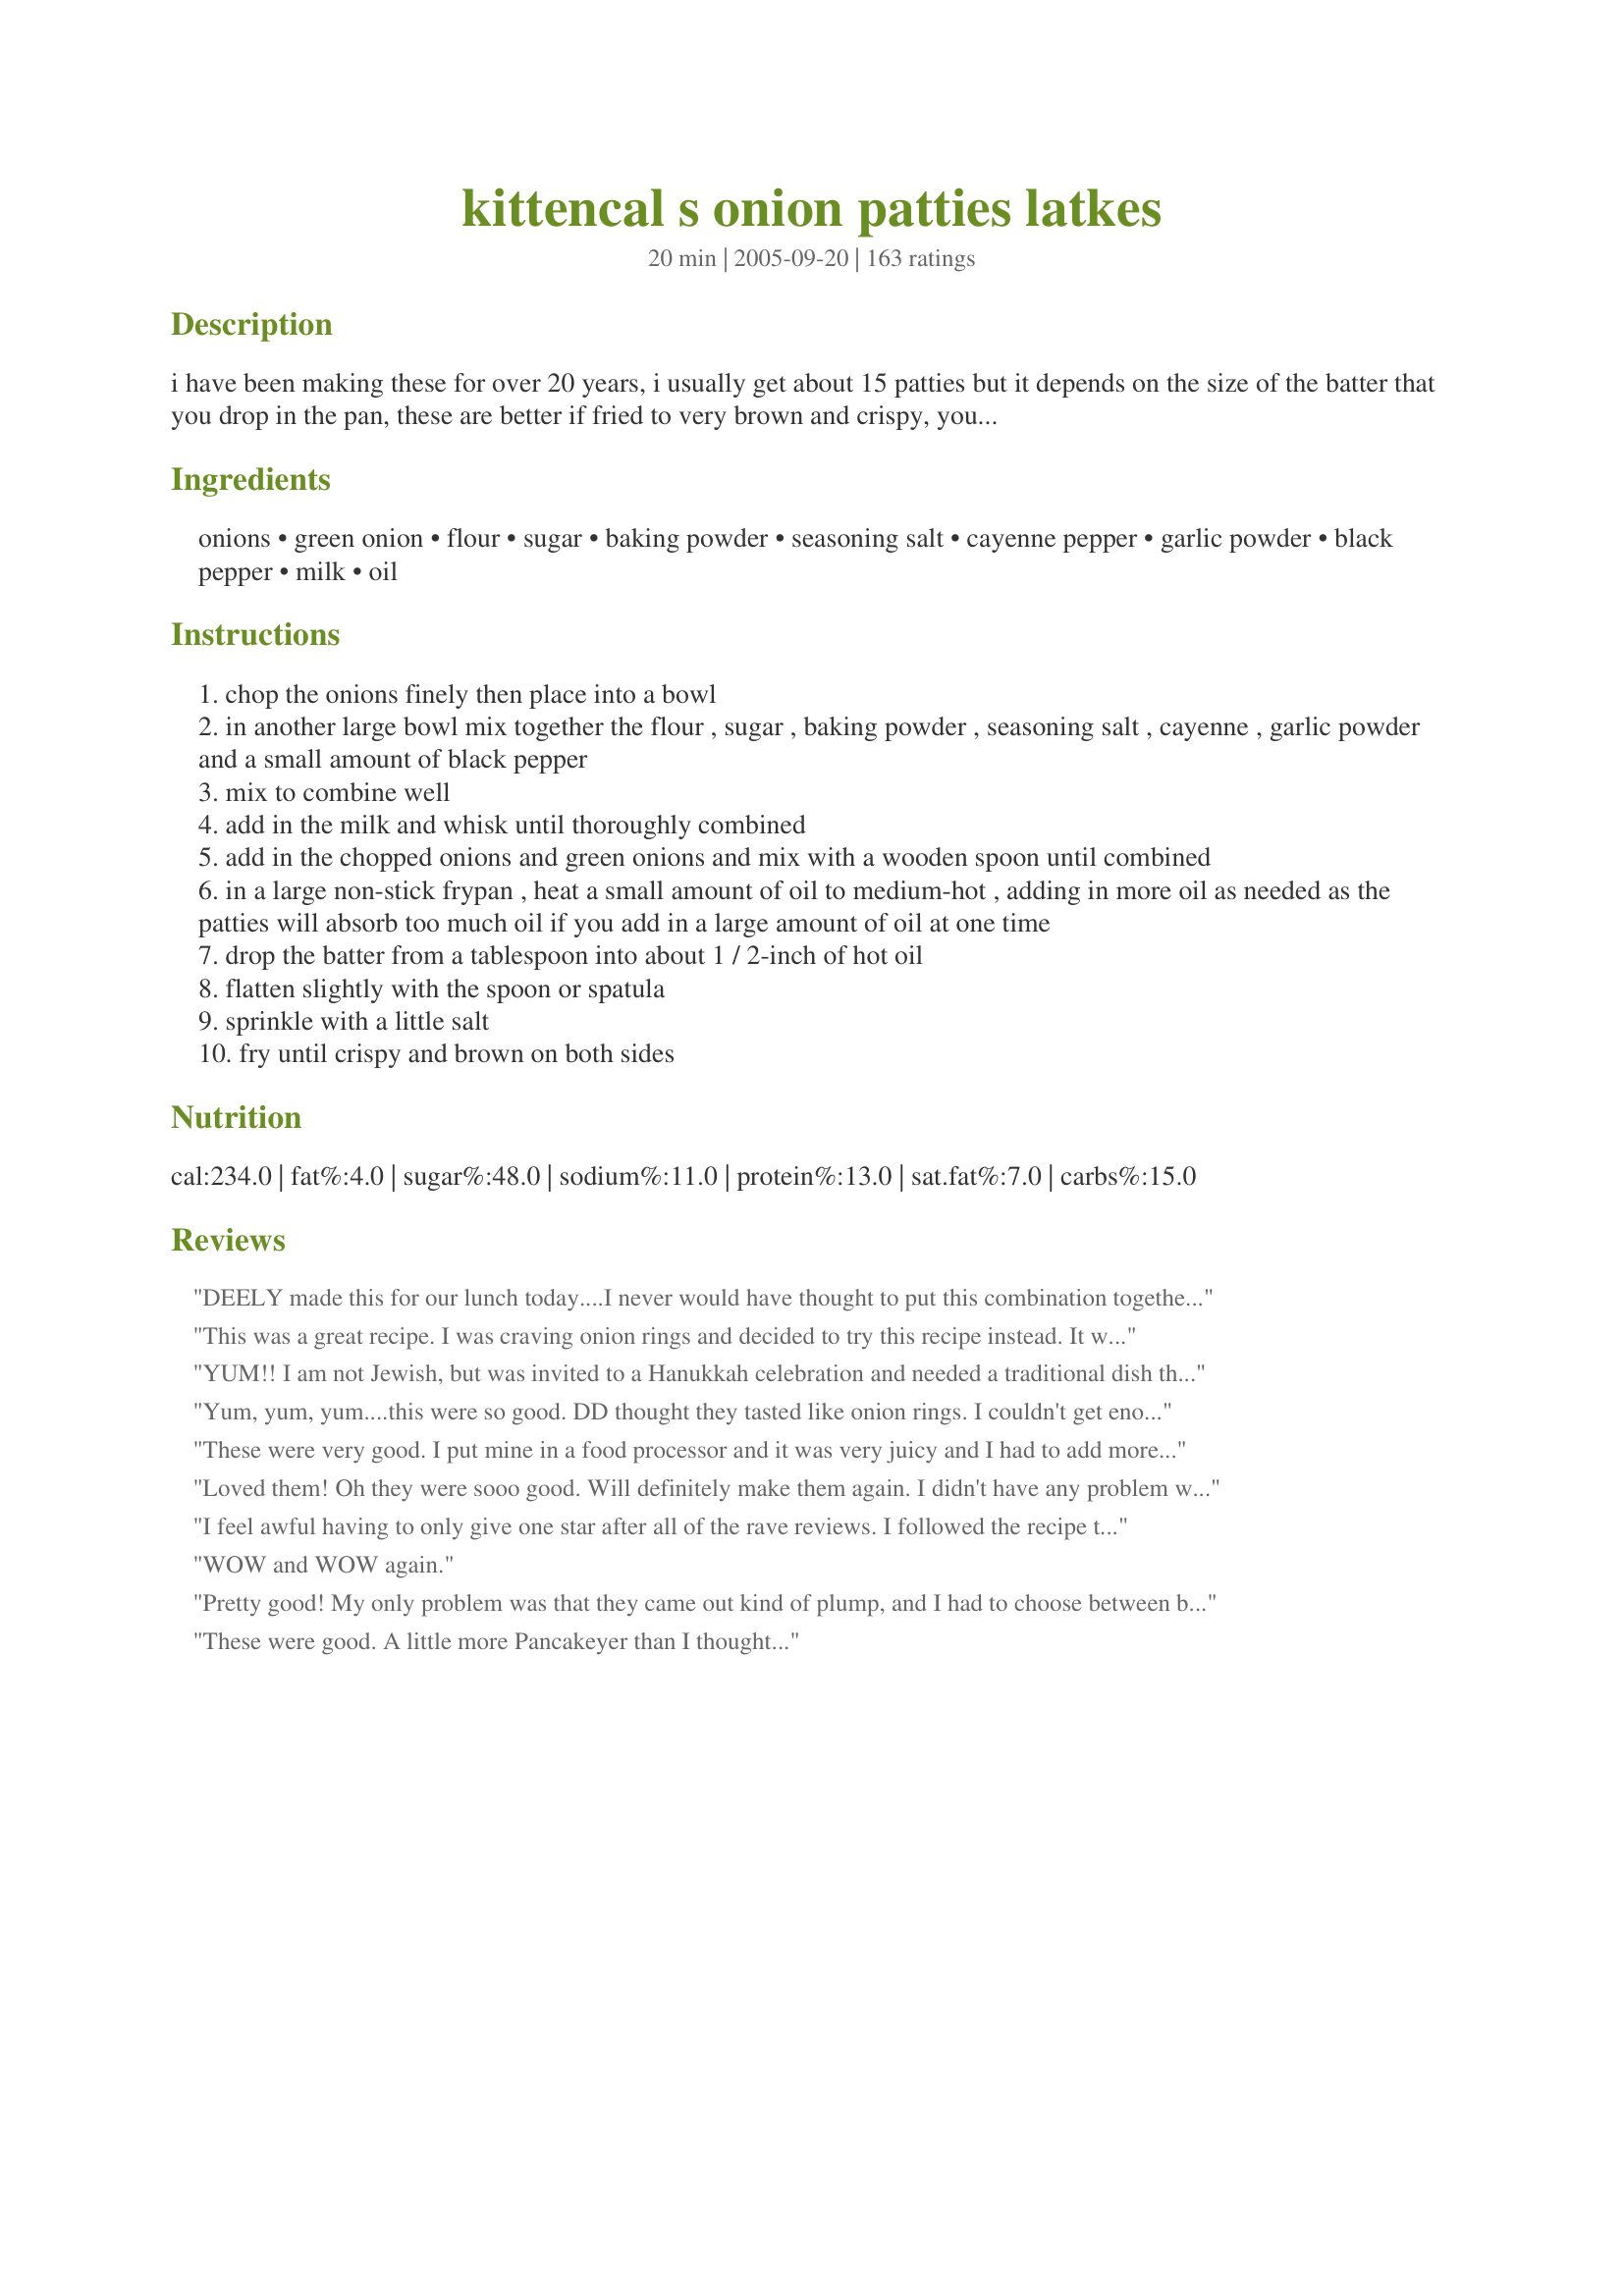
kittencal s onion patties latkes
Preparation time: 20 minutes

i have been making these for over 20 years, i usually get about 15 patties but it depends on the size of the batter that you drop in the pan, these are better if fried to very brown and crispy, you can make a double recipe, fry them then freeze them on a tray then pop them into freezer bags, then just warm them in the oven to crisp up, they are very addicting and i can tell you i eat half before they even get to the table lol! if you plan on doubling the recipe then make two separate recipes in two bowls, i have doubled the recipe into one bowl and for some reason they just are not as good --- if desired you could add in a slightly beaten large egg and reduce the milk by 1/4 cup --- you will *love* these! also see my
recipe#186700 *and*
recipe#244592

Ingredients:
onions, green onion, flour, sugar, baking powder, seasoning salt, cayenne pepper, garlic powder, black pepper, milk, oil

Steps:
chop the onions finely then place into a bowl
in another large bowl mix together the flour , sugar , baking powder , seasoning salt , cayenne , garlic powder and a small amount of black pepper
mix to combine well
add in the milk and whisk until thoroughly combined
add in the chopped onions and green onions and mix with a wooden spoon until combined
in a large non-stick frypan , heat a small amount of oil to medium-hot , adding in more oil as needed as the patties will absorb too much oil if you add in a large amount of oil at one time
drop the batter from a tablespoon into about 1 / 2-inch of hot oil
flatten slightly with the spoon or spatula
sprinkle with a little salt
fry until crispy and brown on both sides

Reviews:
DEELY made this for our lunch today....I never would have thought to put this combination together but I'm so glad KITTENCAL did!! THEY WERE AWESOME!

Thanks for sharing! I'll be making these a lot in our future!
This was a great recipe. I was craving onion rings and decided to try this recipe instead. It went together easily with the help of my food processor. I used a very large sweet onion and one medium yellow onion. I also used skim milk (all I usually use). I think the batter was a little looser than it was supposed to be, but they still fried up wonderfully. It's a a good thing I went to the gym before I made this. I will absolutely make this again!
YUM!! I am not Jewish, but was invited to a Hanukkah celebration and needed a traditional dish that not everyone else would bring. I thought these looked yummy and very easy to make. These were amazing! And, so easy! Thanks!
Yum, yum, yum....this were so good. DD thought they tasted like onion rings. I couldn't get enough of them...lol. Thank you so much for this tasty treat....Stephanie
These were very good. I put mine in a food processor and it was very juicy and I had to add more flour.. did not have green onions so just used the white onions. Son-in-law was here and wanted the recipe, said he was going to try it with cheese. also, mine were not crisp, but very good anyway.
Loved them! Oh they were sooo good. Will definitely make them again. I didn't have any problem with the batter. Crispy is definitely better for these so don't be afraid to let them cook.
I feel awful having to only give one star after all of the rave reviews. I followed the recipe to a T and they just were not liked by my family. My batter was not thick at all and they were very soft inside. I dont know what I could do to fix that, but I dont think I'll be trying. Sorry!
WOW and WOW again.
Pretty good! My only problem was that they came out kind of plump, and I had to choose between burning the bottoms or leaving the middle somewhat undercooked. I served it with North Carolina Style Tempeh Barbeque (#112444).
These were good. A little more Pancakeyer than I thought...
These could not be any easier followed recipe to a T. Loved them!
I've made this several times for company. I end up sharing the recipe every time. I go by the recipe but omit the green onion and sprinkle Tony's Chacheres (cajun seasoning) on top instead of salt.
These were quite good a little pancake like another reviewer mentioned but probably that was because of how much batter was used in relation to onion. They still didn't get as crispy as I would have liked but again I think that may have been the amount of batter. I made them gluten free using Recipe #256259. I think the green onion would have been good in these and would add it if I make these again. I used regular white/yellow cooking onions, white sugar, gf baking powder, garlic salt, pinch cayenne, plain rice milk, & canola oil.
UNREAL. Ok, I love onions, but I never would have thought they could be THIS good. This is the kind of recipe that could make me a vegetarian. A vegetarian who only eats onions. Who only eats THESE onions. Slight alterations based on the commandments of my tongue and what I had on hand: I used one large yellow onion and three scallions, just a pinch of cayenne and both the optional ingredients - garlic powder and pepper. I fried them at about 275-300 degrees for roughly 6 minutes on each side until dark brown (the way God intended!), flattening them a bit before flipping. This goes right into my "Encore" cookbook with much appreciation to you, KITTENCAL!
Kittencal...I was looking for an interesting side dish to go along with grilled chicken sandwiches... my husband immediately requested a double batch hoping to snack on the leftovers...needless to say, they were a major hit...I had to use olive oil, because we didn't have any other on hand...I'm sure there is a good reason for not using it, but fortunately they cooked well, and tasted fine to us... I have a feeling this recipe is going to get a lot of use by our family...thank you for sharing this unique and wonderful recipe.
OMG!!!! Kit! These are out of this world! I have had this recipe in my "try this" cookbook for ever so long, and I finally made them. Outstanding just as they are, but the possibilities here are endless!! Thanks for another GREAT recipe!!

Just an additional note, I made these again, adding left over mashed potato to the batter, until it was a nice thick consistency, and YUM! Just perfect!

Next... mashed sweet potato!
yum! I forgot my recipe but had read through enough to get it right. I omitted the sugar and added the green onion (two, actually)and went with minced garlic. They were absolutely wonderful the first night and reheated beautifully for lunch leftovers. Kind of a cross between a fritter and an onion ring. Fast, fabulous and now a regular addition to the menu when french fries just won't do!
We made these with steaks and cauliflower for dinner and they were delish! My husband tried to get me to use olive oil, but I told him we ought not mess around with Kittencal's detailed instructions - and thank goodness we didn't! These were definitely fantastic - I would love to find a way to lighten them up though, maybe using a light cooking spray instead of oil? Anyway - great recipe!!
When I told my teen daughter what I was making she was dubious but after one bite was hooked! These are very tasty!
i looove onion and that was ok but wont do it again
I was using up the onions I had in the fridge, so I finally decided to try these as they have been in my cookbook forever. I am pleased to say that all of the reviews prior to this were correct!! These are delicious and will satisfy the onion lover in you! Very good, and thank you for a snack I will be making again, and again.
The recipe was so simple yet the taste was very good. These were best eaten hot out of the pan. When they sat and became cold, they tended to be a little greasy.
Hmmm, maybe next time I will try them hot from the pan topped with dollop of chilled apple sauce.
Loved this recipe, thanks for sharing. Will be making often.
OMG these were wonderful! I couldn't keep my DD out of them til dinner was done. I've been planning to try this recipe for months and I'm so glad I finally did. Thanks for a winner!
I made these a few times now, each time they turned out excellent. I scaled them down each time to use about a cup of onions. My mother said they tasted like onion ring patties. Thanks for posting!
These were great!! I will add to the 5 *'s of the other raters. Taste reminds me of onion rings and much easier. Thanks for sharing this recipe!!
I only had one onion in the house, so cut the ing. down to 1/3. SUPER! Yeah, I may convert to only eating these onions. I grated the onion. Whoo. Got to invest in a processor if I'm going to make these as much as I want... Also, no green onions... Time to go shopping. Another winner from Kittencal!
OMG, these are to die for, Dh & I eat the whole thing. These are very easy to make, I used both the garlic and the pepper. I didn't fry them in as much oil, they were delicious anyway, maybe not as crisp. I will be making these again for sure and very soon. Thank you Kitten!!
Kitten,
I have made several of your recipies and have raved about them all but to my surprize I can't about this one. I made it to the letter of the recipe and the batter was not thick it was runny.I used three onions as recommended and when I fried them they fell apart when flipping them. Sorry I can't give you five stars on this one as I have on everything else of yours that I've tried.
Girl!!! These are incredible!! I made them every day this week. My father BEGS ME to make these. The taste kind of reminds me of an onion ring but much much better..thanks so much for sharing
didn't fry them enough [not crispy brown, just lightly browned, like a pancake], but still delicious and devoured by the family - i only got to eat 2! tastes like really good hush puppies...
These are great! I cooked them on low heat for a couple minutes per side so the onions were cooked all the way through. I served them with sour cream on the side. I will double the cayenne next time.
This was a quick and yummy way to have the taste of an onion ring when I was feeling to lazy to do all that work,lol. Very yummy Kitten...I'm keeping this one and passing it on to my mom!
My husband isn't a huge onion fan but was absolutely blown away by these! I loved them also. This is definitely a keeper. Thanks for posting this recipe!!!
These were delicious, Kittencal! I used a very small amount of oil to fry the patties; just enough so that they browned evenly. In my opinion, 1/2" of oil is excessive and would ruin the flavor. To make it easier to drop the batter, oil your measuring utensil then measure out the correct amount of batter. This way, the batter will slide right off and into the pan. All the optional ingredients were added. Lastly, I used Oregon's own sweet Hermiston onions. (I save my specialty onions for extra special recipes as this one is!) Thank you for sharing a truly delicious recipe! cg ;)
These remind me so much of onion rings. They make a nice snack. I will definitely try it with zucchini one day.
These were great! Make sure you keep a constant temperature on your pan. I will make these on my electric griddle next time. Great recipe, thanks!
Hi Kittencal;
Well, you have done it again. Another excellent, tasty and easy to make recipe.
I made these marvelous Onion Patties last nite and served them along with your Famous Coleslaw and Potato Latkes.
In addition, I made Chicken Strips served with Sweet and Sour Sauce.
WOW, what a delicious meal.
Thank you Kittencal, this is a must recipe from here on in.
"Uncle Bill"
Great recipe; I tried popping these in the oven as another reviewer had suggested (15 minutes on one side, then 10 minutes on the other). To my dismay, the batter felt thin when I spooned them onto the cool, oiled baking sheet. Upon turning them, I found that the oil hadn't been absorbed and rather clung onto the patties, which felt more like crepes with their thin edges. Once the patties were done cooking, I popped them onto a hot skillet; that helped a bit with the texture. As I would like to limit the calorie intake in my household, I think I'll try the baked version again but up the flour content and shorten the baking time and finish cooking on a skillet next time. Also, I found the patties a tad sweet for my taste (I did not use sweet onions - not easy to find in my new home above the Arctic Circle) so I might lower the sugar by 1/2 a tablespoon next time.
I love so many of Kittencal's recipes, but this one just did not work for me at.all.

I followed the recipe to a T and measured the onions with a measuring cup since I had large onions.

They fell apart in the pan like CRAZY and then when I went to clean the pan, oh my was it a disaster.

When they were done they tasted really mediocre, probably because they fell apart and didn't cook in patties like they're supposed to.

Anyway this recipe just didn't work for me, but I do definitely still love Kittencal's recipes -- thank you for posting!! :)
These are beyond fabulous!! Could not stop eating them! The batter seemed a little thin, so we just added a bit more flour - that worked perfectly!
Thank you so much for such a delicious recipe!
I fried them in a cast iron pan on the grill, while I was barbecuing.
They never make it to the table. We where eating them as they where coming out.
Oh my, these were soooo good! I got 18 of these lovely babies for just 2 of us & we pigged out! If I can manage to hide the few leftover, I might try them as the base for a breakfast frittata tomorrow. Yum!
YUM. This is my new favorite way to eat potatoes. these are so good they don't last for long. Thanks for posting another great recipe.
Loved this, I used some mild vadalia onions to make them, I believe that always helps. They were so easy to put together and a great side dish for those who love onions, which I didn't use to be, but now I am a convert ! LOL Thanks for a fantastic new taste for me, Kittencal
Oh Yeah - these were terrible (that's what we say when we want to make sure no one else takes any)! I made these exactly as posted, but only fried half before the two of us ate dinner. Thank goodness, because we would have eaten the whole batch if I had made them all. So, after dinner, I fried the rest and froze them for another meal. We thought these would be extra-tasty with a little sour cream, but let's not even GO there! Thanks for a great keeper!!
if you like onions, these are wonderful! perhaps due to the fact that i used a food processor to chop the onions, which actually makes them so small it is almost a sauce, my batter was to thin when i followed the recipe. when i added more flour though it turned out perfectly. GREAT side dish.
These are delicious.
With so many rave reviews I was really looking forward to having these, but I seemed to have the same problems that AndreaVT96 did. 1) The batter seemed very thin 2) They really soaked up the oil. The taste was pretty good; I used Vidalia onions. But they were much too greasy for my tastes.
nice and tasty, like most latkes...
These were good...I gave them 4 stars instead of five because I found that it took a long time to fry them up until crisp. I also found them a little too greasy, even though I made good use of the paper towels. I probably won't make them again.
These were GREAT, Kittencal! Onion-loving hubby really loved these! I got about 16 3-4 inch patties with this recipe. I used 1% milk and used cooking spray on a nonstick griddle pan so we could enjoy these and not feel so guilty afterwards! :) This worked well and, like other reviewers have said, they are like onion rings without all the work! Thanks for a definite "keeper", Kit!
I needed to find a way to use up masses of green onions I chopped for anther recipe, but didn&#039;t use. I&#039;ve made these exactly as written before and have them 5 stars. Decided I could use kittencals recipe as a base. So, used all green onions, and all I had was rice milk, so that&#039;s what I used. I had a little cold white rice in the fridge, so just sprinkled 1/4 cup in too. Followed the rest of the recipe as written. It was great. Might just use rice milk again and save a few calories! Hee hee..not that a few calories will matter in this wonderful fried recipe.
Oooh - these are really good. I used fresh chives from the garden as I didn't have any green onions - otherwise, I made them as written. My DH was delighted - he thought they were terrific too.
This was amazing! And so easy and quick, I'd recommend it even if you're not hte biggest onion lover.
Tanisa
I cannot believe I haven't reviewed this recipe yet! Let me start by saying that my family and I don't even like onions. For some strange reason, however, this recipe appealed to me and I just had to try it. Am I ever glad I did! We managed to scarf down each and every crisp, delicious patty - with the exception of the few I reluctantly shared with my MIL. I have brought these to several family functions just so I could sit back and revel in the raves and compliments. heheh Of course, I do humble myself just enough to let everyone know that it isn't MY recipe. I have found that by using my electric griddle, I am better able to control how much oil is absorbed by these patties - plus I am able to make much more at one time. This is especially helpful seeing as how they are otherwise gobbled up as soon as they are cool enough. Using the griddle, I am able to enjoy seeing a pile of them, if only for a moment. Thank you for posting this dangerously delicious recipe.
Yeah these were outstanding! I ate a few while cooking then wasn't hungry when the rest of my meal was done! They were super easy too, I will definitely be making these often. Thanks Kitten!
Absolutely loved them! As a garlic lover, the only thing I did differently, was to mince fresh garlic in with the onions. A real keeper! Thanks, Kittencal!
Wonderfully, decadently, naughtily scrumptious! And very easy to follow instructions. I minced my onion in a mini processor, used only one tablespoon of (brown) sugar, omitted the cayenne pepper (wouldn't have been able to eat these with it in!), used fresh minced garlic, grindings of black pepper and low fat milk. And I fried them in peanut oil. Great recipe, KITTENCAL: thank you for sharing it!
these turned out better then I thought they would! The flavor is a bit strong, but I think it might have been my onions, as they made me cry and I never cry over onions! I loves the crispy edges, and for sure, make them SMALL! they do turn out better, as I tried large ones as well. A small amount of oil will work fine, just make sure to use a good non-stick pan. I thought these were delicious hot or cold with a side a sour cream. YUM!!!
I made these over the weekend. I yielded about 15. By the time it came to serve them, I had three left! OMG!!! Addicting and fabulous. Followed the recipe EXACTLY as written. Kitten, you are amazing. Thank you for yet ANOTHER magical recipe.
Delicious, but soaked up a ton of oil. Made the insides of the patties very mushy. The outsides were nice and crunchy however.
having read all the reviews i decided to try this out,,,,OMG this was fantastic. as i did not have cayenne pepper, i used the red pepper flakes, and it worked fine. used regular salt and added some spices, worked fine. well when the finished product came on tho the dinner table. and there where 15 of us... not one did not want seconds....they loved it and the four pieces left are right in front of me and im finishing them off as i type this.... this is an outstanding recipe.. dont be afraid to try it , its easy and if you follow the recipe,,,,it will come out great....what a pleasure.
I have made these a few times now and they are sooooooo good and sooooo addicting! Its very hard to not eat all of the while you are cooking them. Thanks Kitten for great recipe!
I can't eat onion very well, but I had a small taste and they were delicious. Instead of chopping the onions by hand, I put them in the food processor. I think this caused more liquid to be released, so my batter was a little thin. If you do use the food processor, I would recommend draining the onions first before adding to batter.
Add these right up there with your Zucchini-Mozzarella Patties and about anything else that you make Kittencal! These were to die for!! Used a very small diced green pepper just because I wanted to use it up. I used the egg with less milk......DELICIOUS!! Thanks for sharing another great recipe!!
Oh, my! These are sweet, tasty, and absolutely scrumptious. I used white onions, low-fat milk, regular salt, double the cayenne and everything else as listed, frying the patties in vegetable oil. I'm guessing I got around 30 patties, but I was eating them as they were coming out of the pan so I'm not sure. I cooked them for around 5 to 6 minutes per side. They were a little hard to flip, but after tasting the first one I got better at it as I couldn't wait to have more. Quite filling, but then most things are if you eat enough of it. :) Delicious cold from the fridge, too. Thanks for an
amazing recipe!
I did not really know what to expect, but these patties were fluffy and pancake-like, and absolutely yummy and super simple to make. My onions were not the sweet kind, so they came out a little saltier than I liked, next time I will decrease the salt a little. Also, I barely used any oil and they fried up nicely. Thank you Kittencal.
Excellant patties!! I used sweet mayan onions, and used less oil than called for...I just coated the bottom of the pan with the oil, and that seemed to be enough..added a bit more oil when I flipped it. When eaten with ketchup they tasted just like onion rings! I will make this again in the future....THANKS!
Been meaning to try this recipe for years. Glad I finally did.<br/>I fried heaping teaspoons of the batter an they came out more like little fritters. Added a pinch of cayenne. They taste like onion rings or maybe an onion blossom. Next time I will maybe serve them with some kind of creamy dip.
This was just what I needed after a bad day at work and a long cold drive home in the snow. The ultimate comfort food. I did my grandmother proud and used my cast-iron pan. It just melts in your mouth. They soak up a lot of oil so have plenty of paper towels on hand. Excellent recipe, Kittencal.
Kittencal, I'm your biggest fan. These were excellent, and very hard to stop eating. My only problem was that I did not heed the warning about how much oil they soak up, and I'd pop 'em before they drained properly, resulting in a bit of a tummy ache. But I do plan to make these again, maybe with vegetable spray? Thanks for the posting!
After so many high ratings, I'm not sure why this recipe didn't work for me. My husband and I love onions, and I was really hoping it would work. The taste was not an issue, they did have a good taste. I followed the directions exactly, however once all mixed, my mixture was not especially thick. It just slid off the spoon into the oil. And I followed the directions of only adding a bit of oil at a time, however they soaked up a tremendous amount of oil and even when drained on paper towels, they just never were crispy, just full of oil. If I could have found a way to get them to fry without so much oil and could make them crispy, then I would have rated these much higher.
WOW!!! I am kicking myself that I did not make these sooner! They are fantastic and simple to boot! I used three green onions, the optional garlic and black pepper. Of course I used the seasoned salt. My family went nuts! I am definitely going to invest in a chopper so we can have these more often. Dh said they reminded him of something his granny used to make. All I can say is the flavor and texture is fantastic!!! I have a feeling I will be making these ALOT!!!
Great recipe! I own a school cafeteria and I'm always looking for tasty ways to introduce vegetable-based food into mexican youth. Easy to make, affordable and god, are they tasty.
Yummy! I used one sweet and one yellow onion (BIG ones) and the green onion. Followed everything else to the letter (used regular salt instead of seasoning salt). So crispy and easy to chomp on. Big hit for the Sunday football game too. Next time, I will most likely increase the cayenne to 1/4 or maybe even 1/2 teasp - just personal preference. Thanks for the great "keeper"!
OH THESE are GOOD! I have kept forgetting to try these but they are worthy of 5 stars for sure. The only change I made was to double the cayenne pepper. Thank you. For anyone that is finding the batter runny, I suggest that you measure the onions in a cup than just relying on 3 onions as our onions sizes vary. I did this the second time and all the other times after actually measuring them.And also, listen to Kittencal, if you try to make them bigger than a tbsp. they do not taste the same. Live &learn!(lol)
Great sidedish, hosted a party of 3 adults and 3 kids, and they were devoured in no time!! Far surpassed a dish I had tried from a fine cooking magazine. Used the vidalia onion, provided a nice sweet taste, not overly strong. Guests left with the recipe!!!
Oh, these were great, absolutely loved the flavors and crispiness, kind of like onion rings but better. Served them with sloppy joes #82944.
Definitely great! I tried them with zucchini too (on the same say, couldn't wait) cause I wanted to freeze some for later. Managed to freeze just a couple, all the other patties (onion as well as zucchini) magically disappeared....
For the zucchini I used two medium, grated them coarsely and squeezed out most of the liquid.
Did try another method of baking them in order to avoid too much oil. Tried to be friendly towards my hips that seem to have, well, how shall I put it, been "expanding" since I joined Zaar (wonder why........)So-I tried the method of Chia, see her <a href="/48494">baked latkes</a>, and baked them in the oven. Used parchment paper which I lightly oiled, baked at 425Â°F for 15 minutes, turned them over and baked another 10 minutes. Just perfect. These will be made many more times. 
Thanks for posting.
Will make these often to keep my daughter happy!!Great taste. A real keeper!!
Absolutely delicious!! Definitely a new favorite. Just as good out of the freezer as out of the pan.
We really enjoyed this although we baked them rather than deep fry them. I think deep frying would have been much better, however these were good and addicting!!! I'll be making them often, perhaps with corn and jalepenos included. Good job Kittencal but anything you make is delicious!!! Thanks
Delish!! Though I did feel my arteries do a jump start. I had really sweet onions, so cut the sugar back to only 2 teaspoons and was glad I did. Froze a few and tried them today, while running the oven. Just as good. Thanks again, Kittencal for another great recipe.
OMG! These are incredible! I made them tonight, and couldn't quit eating them....thanks for ruining my diet...I followed the recipe exactly...We have company coming over for finger foods/appetizers Sunday afternoon, and I'm going to make them again. Thanks for the great recipe!!
These were very good. I didn't have any green onion so I didn't put that in. As I was making it, I realized that I was pretty much making onion rings except the onions were chopped up and not in rings. I will never make onion rings again, cause these were much easier and faster - yet tasted the same. I also made a spicy dip to go with them by mixing Miracle Whip, horseradish, and cayenne pepper together. It tasted like the sauce at the restaurants for their onion blossoms.
I knew this would be good when I read 'KITTENCAL'! These are so good!! I didn't have cayenne pepper but I didn't miss it anyway. I also used my food processor, but very sparingly, so the onions were still a decent size. I made the patties a bit smaller than the tablespoon because I was having trouble cooking them through (my fault for starting dinner too late!!) I'll definately be making this one often!
Flavor was wonderful but I think I used too much oil. Will try again!
Loved the oniony flavor! I halved the recipe and it made part of a nice dinner. Thanks Kitten!
Not that this recipe needs another great review, but you are getting one anyways. I was a little iffy on the whole idea, but after reading all the reviews I had to try it. They were fantastic. I think next time I will dice them a little more, I didn't find them as crispy I thought, but I'm pretty sure its because I didn't chop them fine enough. Thanks again for the great new addition to my cookbook!
We are onion FIENDS so we loved these! I think next time I'll use a little less oil, but they browned up nicely and are they ever addicting! Thanks for the treat!
These are good, but I would like to add something to spice them up for additional flavor.
These are easy. I used fresh garlic and a little less vegetable oil. DH wasn't very excited about them, but I'm not usually big on onion and I thought these were delicious. Makes a lot; I'll only make 1/3 of the recipe next time. Thanks for sharing.
WOW! I usually make potato latkes but these are sooooo much better. This is definitely a keeper! I bought some of that onion ring sauce that has the horseradish in it from the store and these are absolutely amazing!

Thanks kitten!
Linz
Kitty, these onion patties are unbelievable! I can't get enough of these things there totally addicting, I made one recipe and then had to make another one, I ate one pan almost be myself, there are utterly wonderful! another great recipe, thanks Kitty.
Just wanted to add my two cents here. Absolutely wonderful! I've had a horrible week, the kids are in bed, and I was hungry but for what I wasn't sure. So I fried up some of these, and they ended up being my whole dinner. Just a note to those trying for the first time...small ones are better. For some reason, when I made a larger patty, it didn't come out the same. Other than that, wonderful! Thank you for the recipe.
very good everyone loved. left me with a tad bit of bad breath after wards, I may try frying the onions for just one or two minutes before adding to the batter next time. This makes an excellent side to fish.
I'm not going to rate stars for this. I cannot seem to get over the baking powder.
These made a nice change, but the latkes didn't hold together well for me and were hard to flip. Maybe an egg would help? Thank you.
AWESOME. If I had any this good throughout my youth, I sure don't remember.
These were scumptious!! I will be making them often. Thanks
Yummy! The idea of onion patties weren't very appealing to me, but from the moment they were out of the pan, I just couldn't stop popping them into my mouth. I used some garlic salt in place of regular salt, and added quite a bit of paprika because I didn't have any cayenne, but they turned out really good. My only gripe would be that they DO soak up quite a bit of oil - which made them all the yummier of course ;)
Yet another great recipe! We tried baking these, but it didn't work out. I think our batter was too thin. I did pan fry them. I only regret that my BF's friends pop in and I only got one for all my hard work. They got rave reviews thou. Thank you very much for post Kitten.
Very tasty, we really enjoyed these. Thanks for sharing! Crabby
Very good!! Made a bunch and put them in the freezer ...... looking forward to seeing how they taste warmed up. Will be making these again, many times! Thanks for the great recipe!
These were great! Even my friend who doesn't generally like onions took second helpings!
Splurge of a recipe the way these absorb oil! However, it is not necessary to use much if you don't mind them being less crunchy. Be careful with substituting anything, this recipe is picky. I reccommend seasoning salts over normal salt. Thanks <3
yuum, thank you!
i tried frying and baking them, and preferred the less oily baked ones which had a nice crispy scent too. i think i prefer tempura onions which are a bit lighter and crispier...
We love these. The only problem is getting them to the table. It's hard not to keep eating them all up while cooking the batches. Thanks for a great recipe!
Have made these with regular onions and with half regular and half sweet onions (vidalias). Both very good and something different .
Delicious. Next time I will reduce the season salt to maybe 1 teaspoon. Other than that, my DH loves them. Thank you for your recipe.
We will make these again,they are good.I just put very little oil in the pan and it worked out great.
These were very simple to make and tasted really good. We dipped them in mayo. Yumm Yumm
OMG!
These are way crispier and tastier than any potato latke I've ever made.
I used brown rice flour, 1/2 teaspoon of guar gum, 1 tablespoon of sugar, no green onion, cashew milk and an egg and they were absolute perfection.
I would think, if you're not successful with them, your pan isn't hot enough.
Thanks for sharing Kitten!
Oh wow! Kittencal, you are my hero! These were great, and my boyfriend gobbled them up like candy. They are VERY filling though and probably very fattening right? So I would recommend to everyone to have them as a decadent fat-rich side for an otherwise low-fat meal. Oh, I have to confess. As a new cook, I am always making mistakes, and this time I made a big one of frying these patties in olive oil instead of vegetable. DO NOT USE OLIVE OIL. It does not turn out well. I threw the oil out and started over, and then they were delish!
I love onions and these were like everyone else says..GREAT. I started eating as soon as the first one came out of the pan, & didn't know when to stop. Maybe I can manage to freeze some next time.
Thanks for a great recipe.
Totally delicious!!! A definite keeper. My husband could not stop eating them! He wants me to make them again tonight :) They were wonderful with a dab of sour cream.
These are very yummy! Easy to make, a bit greasy but I knew that going in Thanks
These patties are DELICIOUS! Would make these again and again. Everyone loved it. Thanks.
Oh my goodness, made these tonight for dinner and by the time we sat down to dinner I was full. I had to make sure they were good. :-) My hubby who doesn't like onions still gave them a 4 stars. I made a few changes, I did the onions in my little food processor so I had to add more flour and didn't use any cayenne. I can't wait to take some of the leftovers to my sisters house. This is a keeper.
Kittencal....I made these for the evening meal tonight. They were excellent. I followed the recipe exactly except i cut it in half for 2 people. I will definitely make them again. Served them with bar-b-que ribs, home made hash browns and cole slaw. Thanks for an excellent recipe.
Jim
Great side dish!!! I did cut back on the sugar, and drained some of the onion liquid since the batter was too liquid-like before I fried the patties. Some patties were a little greasy, so I pat them with paper towels. Thank you for the recipe :)
As if you need another endorsement on this one! But I will anyway. Held an outdoor bbq for friends & put these on the menu for appetizers with 4 different homemade dipping sauces, horseradish, sweet 'n' sour, bleu cheese & a creamy dijon. The onion patties never even made it to the "outdoor" part of the bbq! Everyone just gathered around my griddle in the house & gobbled them up as I dropped them onto the paper towels! They were a huge hit. You've done it again, Kitten! Thanks!
These taste great without a doubt! But I had no flour (silly me) so I used a baking mix and I used the same measurements as for the flour and my patties didn't hold together very well, so I had a hard time making these at first, so I added in more baking mix and that seemed to help them stay together.And I think you really have to be careful in how much oil you use to fry these as they do take in A LOT of oil when cooking like Kittencal warns so I had to remove some of the oil with the first batch. I was eating them as I took them out of the pan they were delicious. Also I dont know about everyone else but it took me a while to chop up all those onions and I think it would have made it a lot easier if I had a food chopper type thing, so I don't know if I would make these all the time but they would be a great treat once in a while. I have to say I just found this site a couple day's ago and I think it is the best recipe site on the web. Thanks Kittencal for all of your great recipes ( I have made quite a few of yours already).
Oh wow. There is a reason these are currently in teh top 20 recipes for all of zaar. These are excellent. I used sweet vidalia onion (1 huge one), whole wheat pastry flour, and skim milk. I used cooking spray on a griddle and we ate them with my homemade applesauce. So fabulous! Even the picky 6 year old ate one. Enough said!
Oh my! These were amazing!! I made them just for myself (as dh doesn't like onions) & froze some for later. I had friends come over & popped them in the oven 375 for a few minutes & they were still wonderful! One bite & my friend just had to have the recipe. This is one of my all-time favorite recipes so far from zaar. Thank you again & again kitten!
These were suprisingly sweet and delicious for a veggie side dish. I used regular onions and did put in the garlic salt. The batter was thin like the other reviewers stated because I used my food processor to prepare the onions, but I found the tiny patties perfect. I am keeping this recipe and making it again!
Just made w/fresh seasonal Vidalia onion - did add a little "Simply Potatos" hash browns - they crisped nicely - so glad the FIRST Vidalias of the season are now out
Added in a bit of curry powder too. My man gives this 5 stars!!
Had 2 problems with these..#1 didnt make enough..LOL..#2 and didnt allow to drain oil enough..both my fault not the recipes..Thanks again..served with catfish..
We really really enjoyed these--my MIL, a southern lady especially loved them and I'm making a batch for her freezer. Thank you for a simple but delicious recipe we'll use often.
As usual another fabulous recipe. I made some for my daughter and her husband. When I asked how they liked them she told me she loved them but didn't know if he did. Then she confessed, she had eaten them all so he didn't get a taste. lol. I'm doubling the recipe today.
Easy to make, perfect with out 4th of July holiday BBQ meal. I forgot the sugar but I think they were superb as they were without it. I also added just a touch more cayenne pepper because we like it so much. My 7 year old son, who loves onions, couldn't get enough of these! Thanks! This is a keeper!
Very easy to make, I made them ahead, let them cool & then reheated them in the oven. Served them with sour cream, tomato salad, french bread & glass of wine for a light summer dinner for drop in company. Very yummy, none left on the plate. Our company loved them, wanted the recipe! I will be making these again & again!
anything fried is good.
Delicious! We left out the green onion (didn't have one) and replaced a bit of the flour with masa harina (we've been adding it to almost everything lately). The two of us ate them all in no time flat. Thanks for the recipe!
I thought my DS14 was going to come right out of his skin when he took his first bite of these wonderful latkes last night! LOL. When he finally stopped raving on and on about how very good they were, I asked him what he wanted to rate them. In a very passionate voice (one that's also changing with his age) he says, FIVE HUNDRED and SIXTY-FIVE!!! And if that weren't enough...hubby comes home from a late meeting and I make a fresh round of latkes. He proceeds to go on and on at about the same rate as son had done and firmly "suggests" that I will be cooking more of these wonderful gems in the near future! (-: Made for ZWT 5. Could have been easier or yummier.
Outstanding latkes. I used the egg with 1/2 cup milk with perfect results. Served them with sour cream and finely chopped green onion for garnish. Another keeper for my favorite recipes binder.
Made these last night.... there was only one problem... We were full but wanted more! lol!
These were so yummy..hubby insisted that put this recipe in the "keeper" book! Thanks for sharing this great recipe!
Kit, These were wonderful. Onion rings without the fuss AND they can be made ahead of time. I made these the morning of our fish fry and refrigerated them, layered between paper towel, until we started frying the fish. I just popped them in the oven at 350* for about 10 minutes. Perfect!!! Another winner sweety:).
My family all gave this 4 stars except my youngest who balks at onions. They were tastey, however, mine were kind of soggy for some reason. I follwed the recipe exactly using the fresh garlic. Thanks for sharing! (Made for "I Recommend" Tag)
I just used PAM spray with no other oil in a non-stick pan. Worked out fine. Great flavor and was well received by my family. I do think it needs a sauce (beyond ketchep which wasn't bad) of some sort to add a finsihing elegant touch.
I know you don't need another 5 star review, but I couldn't let it go without thanking Kitten for ANOTHER great recipe!! Because of all of the people who thought the batter was a little thin I went with 2/3 cup milk as a precaution but I don't think it would have been necessary. I will note that I made a few for us to taste to see if we were even going to like them...obviously we did...then waited another 1/2 hour or so to make the rest. It did seem like the batter was a little thinner after sitting awhile. Perhaps this was the problem some of the reviewers had. I served with Blooming Onion sauce # 70382. We'll be doing this again and again!! I'm anxious to see if they reheat as well as everyone says they do.
Update: Still delicious. Thick thick batter, I am not sure why a few have difficulty with it, use dry and wet measuring cups and the milk is just enough to moisten the batter. oh were these good. (are..im still eating them lol) Thanks so much for the recipe. Made for the zaar cookbooks game
Heaven on earth if you ask me.
Yum! Loved these!
These are amazing. I served these as one of the courses for a dinner party, and everyone loved them. I served with a dollop of sourcream and a sprinkle of fresh dill. I have made these at least 4 times since.
I made these for a snack today and they were delicious. I halved the recipe, used red onions, used less milk than suggested and cut way back on the sugar and oil. I also added a couple dashes of cumin powder along with all the optional seasonings. I do believe the salt can be reduced some as it turned out a bit salty. Like Cookgirl, I believe too much oil will ruin the flavor so use just enough to crisp up the patties. It does absorb a lot of oil though. I served these with cilantro-mint chutney and a tamarind-date chutney. Thanks Kittncal for a yummy recipe.
A keeper! I didn't fry my patties as suggested as when I saw how much oil the first lot had absorbed I didn't want to do anymore! I wiped my non stick pan with oil instead which worked fine. I found cooking this way made them gooey on the inside yum! We had these the nest day reheated in the oven and they were fab then too!
I made these a few weeks ago with high expectations considering the reviews. They were okay just not what I was expecting. I could only eat 2 same for dh. My kids wouldnt even try them, although they do eat onions. Probably wont make again since the recipe makes so many and they were wasted.
Made these to go with our burgers for dinner. Quite a few of them were gone even before the burger patties. Even my 6 year old loved them!
I gave it 4 stars because mine was soggy in the middle. I may have to cooke them longer. But the crispy edges was delicious.
You know that sound Homer Simpson makes when he's thinking about food? That's the only way I can describe these!! I made the mistake of making them on my griddle and they turned out soft, like pancakes. After my husband and I had eaten half the batch that way, I threw the rest into my cast iron frying pan and re-cooked them to their rightful crispiness. Interesting how that extra little bit of grease can make them taste even better!!
These are great! everyone loved them!
Wow, another winner from Kittencal! These really are wonderful. I used half yellow and half sweet onion as that was all I had. Next time I will use only the sweet onion. The yellow is a bit too strong for us. Can't wait to make it again. Thanks again, Kittencal!
I made these as part of our Christmas/Hannukah meals and they were gone in record time!Thank you for a really delicious recipe. I will make these often.
recipes like this have converted me to loving onions! once upon a time i used to use onions only to accessorize dishes, now it can be the centerpiece of a dish - as it was with this great recipe. followed the recipe exactly and i agree with you that it's better than potato patties. DH was snapping his up even as i made it but i bided my time and had them with some ranch dip. will be making these again - thanks kittencal!
I used the suggestion to replace 1/4 c milk with an egg and it was great. I was a bit nervous that these would come out tasting like raw onions and was skeptical to try it out. After going back to this recipe a few times I decided to give it a try. The onions cooked beautifully and did not taste raw at all. My husband requested that I make these on Hannukah instead of traditional potato latkes. I used much less oil than recommended and they came out delicious. I sprayed the pan with Pam and just used a bit of oil with each batch. I froze the leftovers and then reheated them in the toaster oven and they were just as good as the day I made them.
Highly recommended!
We really did like these. So simple and tasty. Nice and crispy. Will make these alot. Thanks for posting.
Two complaints: Not enough of them; no one to clean my pan.

These are delicious. I've been making another recipe, but this is a keeper. I'll double or triple the recipe next time, and have tons to freeze.

I've eaten half the recipe today, and I'm busting, but can't stop they are so good.
Delicious! My family just gobbled them up, and asked for more! (I made another type of latke at the same time - sweet potato - which was also very good, but this won the contest hands down.) Thanks so much for this great recipe!
Wow these were amazing . We couldnt stop eating these. Thanks x
